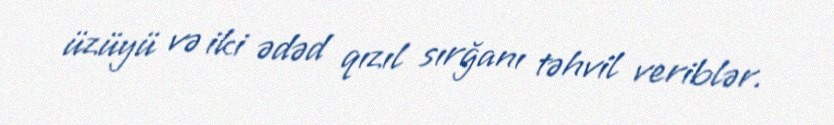
üzüyü və iki ədəd qızıl sırğanı təhvil veriblər.